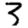
Digit: 3